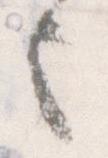
言